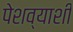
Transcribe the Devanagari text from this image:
पेशव्याशी